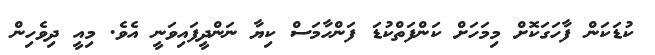
ކުޑަކަން ފާހަގަކޮށް މިމަހަށް ކަންފަތްކުޑަ ފަންހާމަސް ކިޔާ ނަންދީފައިވަނީ އެވެ. މިއީ ދިވެހިން